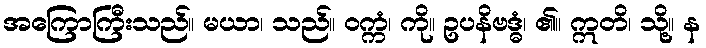
အကြောကြီးသည်။ မယာ၊ သည်။ ဝက္ကံ၊ ကို။ ဥပနိဗဒ္ဓံ၊ ၏။ ဣတိ၊ သို့။ န